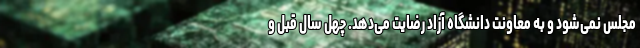
مجلس نمی‌شود و به معاونت دانشگاه آزاد رضایت می‌دهد. چهل سال قبل و